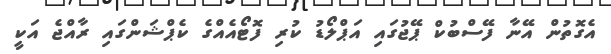
އެގޮތުން އޭނާ ފޭސްބުކް ޕޭޖުގައި އަޕްލޯޑު ކުރި ފޮޓޯއެއްގެ ކެޕްޝަންގައި ރާއްޖެ އަކީ